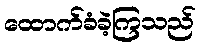
ထောက်ခံခဲ့ကြသည်